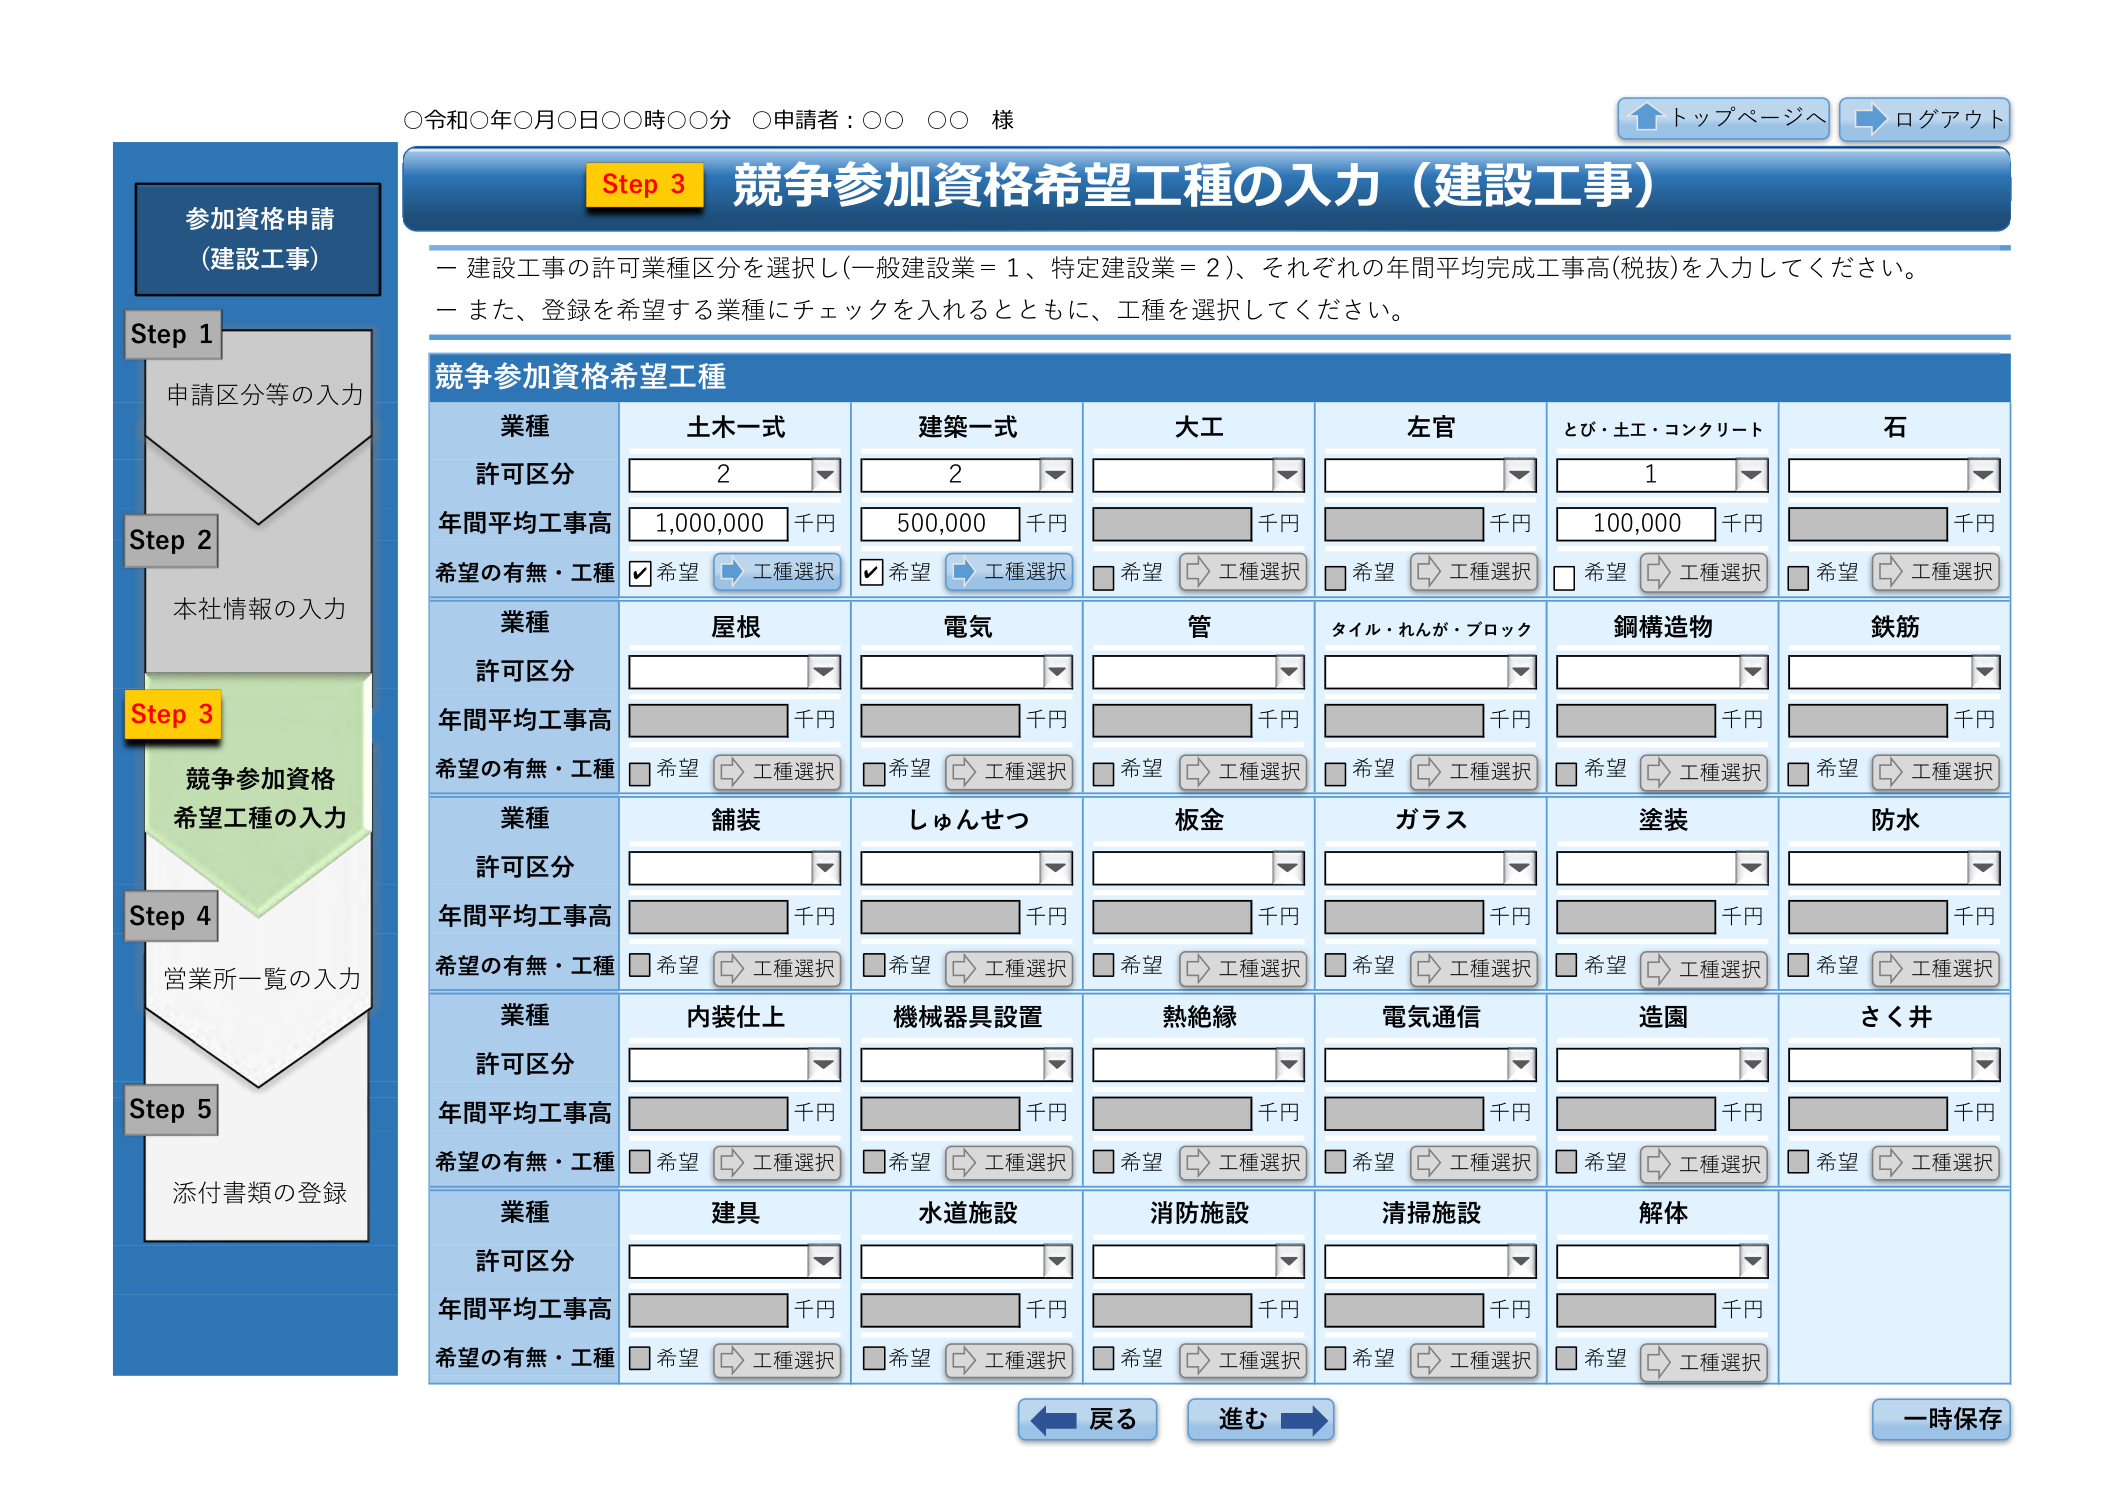
○令和○年○月○日○○時○○分 ○申請者：○○ ○○ 様

トップページへ ログアウト

Step 3 競争参加資格希望工種の入力（建設工事）

－ 建設工事の許可業種区分を選択し（一般建設業＝1、特定建設業＝2）、それぞれの年間平均完成工事高（税抜）を入力してください。
－ また、登録を希望する業種にチェックを入れるとともに、工種を選択してください。

競争参加資格希望工種

業種 土木一式 建築一式 大工 左官 とび・土工・コンクリート 石
許可区分 2 2 1
年間平均工事高 1,000,000 千円 500,000 千円 100,000 千円
希望の有無・工種 ✓ 希望 工種選択 ✓ 希望 工種選択 □ 希望 工種選択 □ 希望 工種選択 □ 希望 工種選択 □ 希望 工種選択

業種 屋根 電気 管 タイル・れんが・ブロック 鋼構造物 鉄筋
許可区分
年間平均工事高 千円 千円 千円 千円 千円 千円
希望の有無・工種 □ 希望 工種選択 □ 希望 工種選択 □ 希望 工種選択 □ 希望 工種選択 □ 希望 工種選択 □ 希望 工種選択

業種 舗装 しゅんせつ 板金 ガラス 塗装 防水
許可区分
年間平均工事高 千円 千円 千円 千円 千円 千円
希望の有無・工種 □ 希望 工種選択 □ 希望 工種選択 □ 希望 工種選択 □ 希望 工種選択 □ 希望 工種選択 □ 希望 工種選択

業種 内装仕上 機械器具設置 熱絶縁 電気通信 造園 さく井
許可区分
年間平均工事高 千円 千円 千円 千円 千円 千円
希望の有無・工種 □ 希望 工種選択 □ 希望 工種選択 □ 希望 工種選択 □ 希望 工種選択 □ 希望 工種選択 □ 希望 工種選択

業種 建具 水道施設 消防施設 清掃施設 解体
許可区分
年間平均工事高 千円 千円 千円 千円 千円
希望の有無・工種 □ 希望 工種選択 □ 希望 工種選択 □ 希望 工種選択 □ 希望 工種選択 □ 希望 工種選択

戻る 進む 一時保存

参加資格申請
（建設工事）

Step 1 申請区分等の入力
Step 2 本社情報の入力
Step 3 競争参加資格 希望工種の入力
Step 4 営業所一覧の入力
Step 5 添付書類の登録